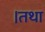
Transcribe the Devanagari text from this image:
।तथा